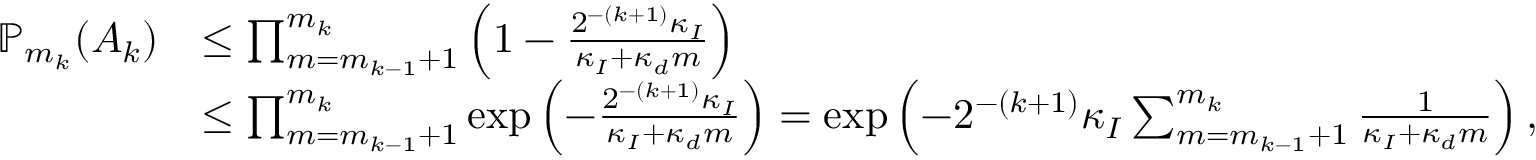
\begin{array} { r l } { \mathbb P _ { m _ { k } } ( A _ { k } ) } & { \le \prod _ { m = m _ { k - 1 } + 1 } ^ { m _ { k } } \left( 1 - \frac { 2 ^ { - ( k + 1 ) } \kappa _ { I } } { \kappa _ { I } + \kappa _ { d } m } \right) } \\ & { \le \prod _ { m = m _ { k - 1 } + 1 } ^ { m _ { k } } \exp \left( - \frac { 2 ^ { - ( k + 1 ) } \kappa _ { I } } { \kappa _ { I } + \kappa _ { d } m } \right) = \exp \left( - 2 ^ { - ( k + 1 ) } \kappa _ { I } \sum _ { m = m _ { k - 1 } + 1 } ^ { m _ { k } } \frac { 1 } { \kappa _ { I } + \kappa _ { d } m } \right) , } \end{array}